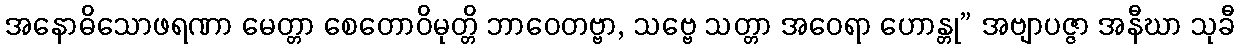
အနောဓိသောဖရဏာ မေတ္တာ စေတောဝိမုတ္တိ ဘာဝေတဗ္ဗာ, သဗ္ဗေ သတ္တာ အဝေရာ ဟောန္တု” အဗျာပဇ္ဇာ အနီဃာ သုခီ